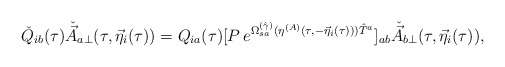
\begin{align*}\check{Q}_{ib}(\tau )\check{\vec{A}}_{a\perp}(\tau ,{\vec \eta}_i(\tau ))=Q_{ia}(\tau )[P\, e^{\Omega^{(\hat \gamma )}_{sa}(\eta^{(A)}(\tau ,-{\vec \eta}_i(\tau ))) {\hat T}^a}]_{ab}\check{\vec{A}}_{b\perp}(\tau ,{\vec \eta}_i(\tau )),\end{align*}